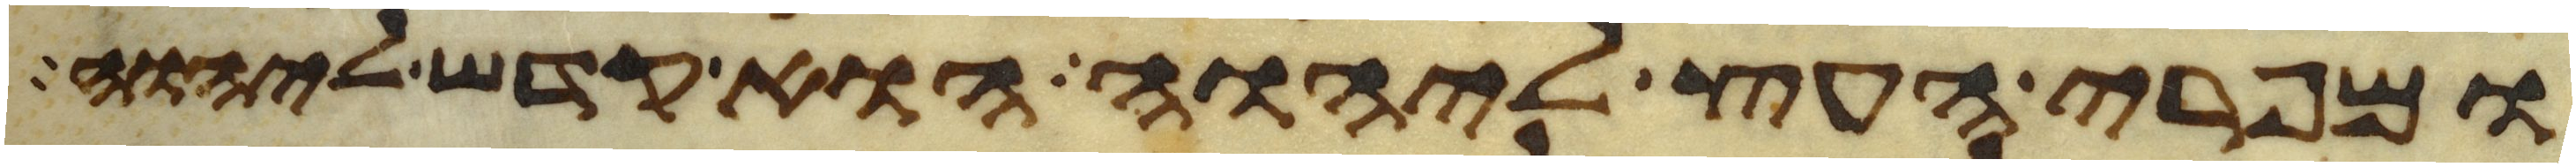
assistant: ומפרי העץ ליהוה הוא קדש ליהוה